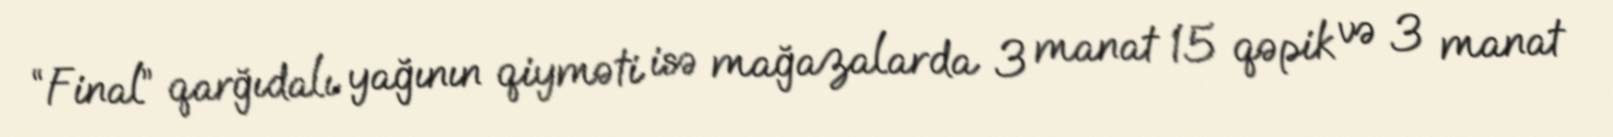
“Final” qarğıdalı yağının qiyməti isə mağazalarda 3 manat 15 qəpik və 3 manat